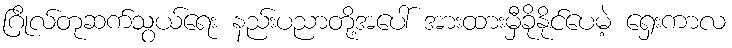
ဂြိုလ်တုဆက်သွယ်ရေး နည်းပညာတို့အပေါ် အားထားမှီခိုနိုင်ပေမဲ့ ရှေးကာလ